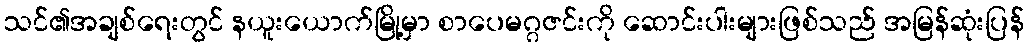
သင်၏အချစ်ရေးတွင် နယူးယောက်မြို့မှာ စာပေမဂ္ဂဇင်းကို ဆောင်းပါးများဖြစ်သည် အမြန်ဆုံးပြန်